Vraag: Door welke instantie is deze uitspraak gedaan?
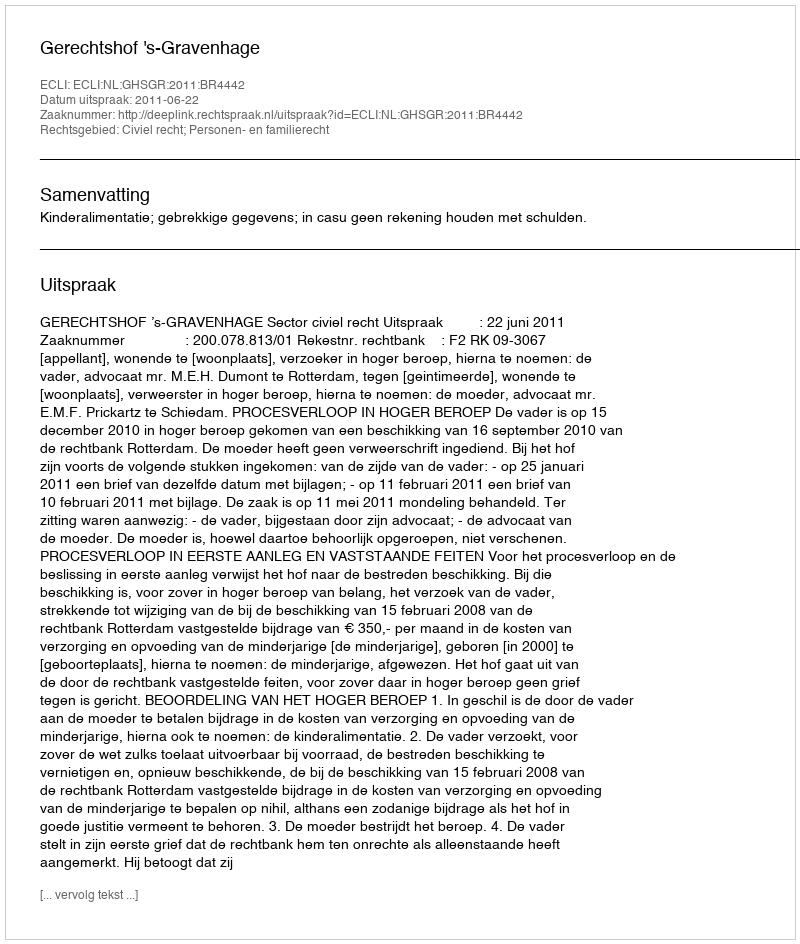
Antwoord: Gerechtshof 's-Gravenhage